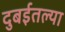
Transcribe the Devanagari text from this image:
दुबईतल्या